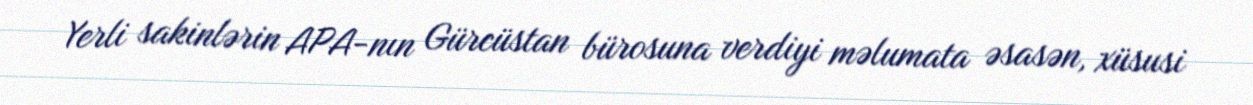
Yerli sakinlərin APA-nın Gürcüstan bürosuna verdiyi məlumata əsasən, xüsusi